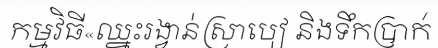
កម្មវិធី«ឈ្នះរង្វាន់ស្រាបៀ និងទឹកប្រាក់